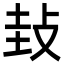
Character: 㪈